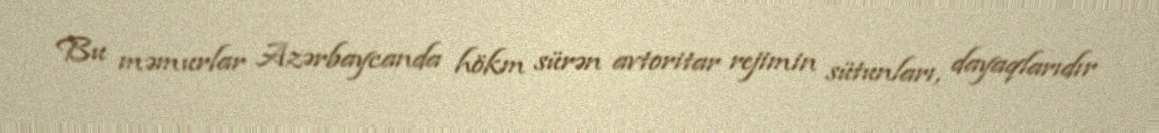
Bu məmurlar Azərbaycanda hökm sürən avtoritar rejimin sütunları, dayaqlarıdır